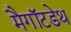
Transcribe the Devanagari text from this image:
मैगॉटडेथ